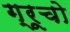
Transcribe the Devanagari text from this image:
ग्रूचो